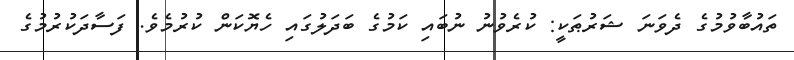
ތައުބާވުމުގެ ދެވަނަ ޝަރުޠަކީ: ކުރެވުނު ނުބައި ކަމުގެ ބަދަލުގައި ހެޔޮކަން ކުރުމެވެ. ފަސާދަކުރުމުގެ